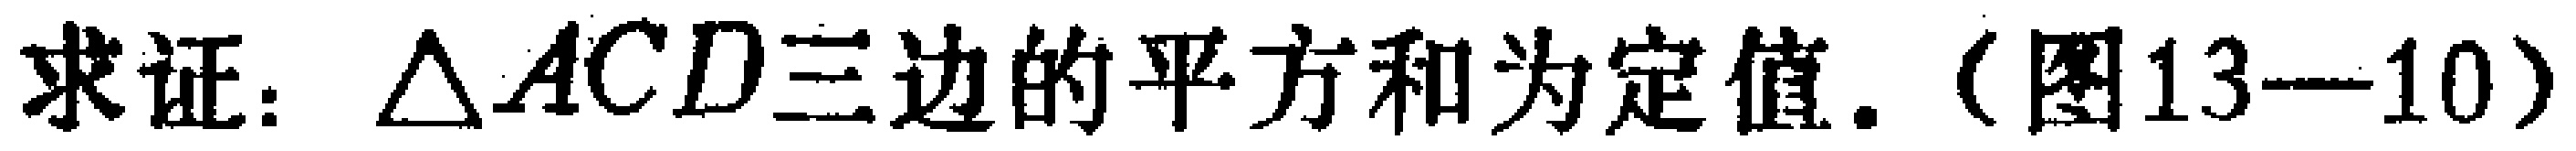
求证：$\triangle ACD$三边的平方和为定值.（图13—10）